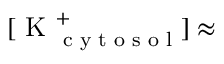
[ \textrm { K } _ { \textrm { c y t o s o l } } ^ { + } ] \approx